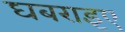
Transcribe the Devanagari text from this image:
घबराइए